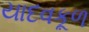
યાદવકૂળ